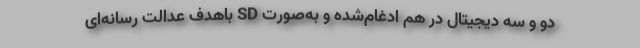
دو و سه دیجیتال در هم ادغام‌شده و به‌صورت SD باهدف عدالت رسانه‌ای